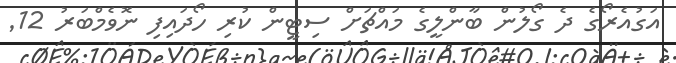
އަގުއެރޯގެ ދެ ގޯލުން ބާންލީގެ މައްޗަށް ސިޓީން ކުރި ހޯދައިފި ނޮވެމްބަރު 12